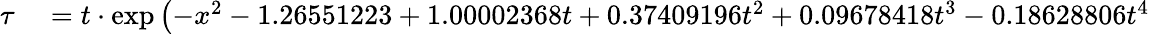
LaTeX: \begin{array}{rl}{\tau}&{{}=t\cdot\exp\left(-x^{2}-1.26551223+1.00002368t+0.37409196t^{2}+0.09678418t^{3}-0.18628806t^{4}\right.}\end{array}